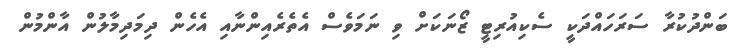
ބަންދުކުރާ ސަރަހައްދަކީ ސެކިއުރިޓީ ޒޯނަކަށް ވި ނަމަވެސް އެތެރެއިންނާއި އެހެން ދިމަދިމާލުން އާންމުން